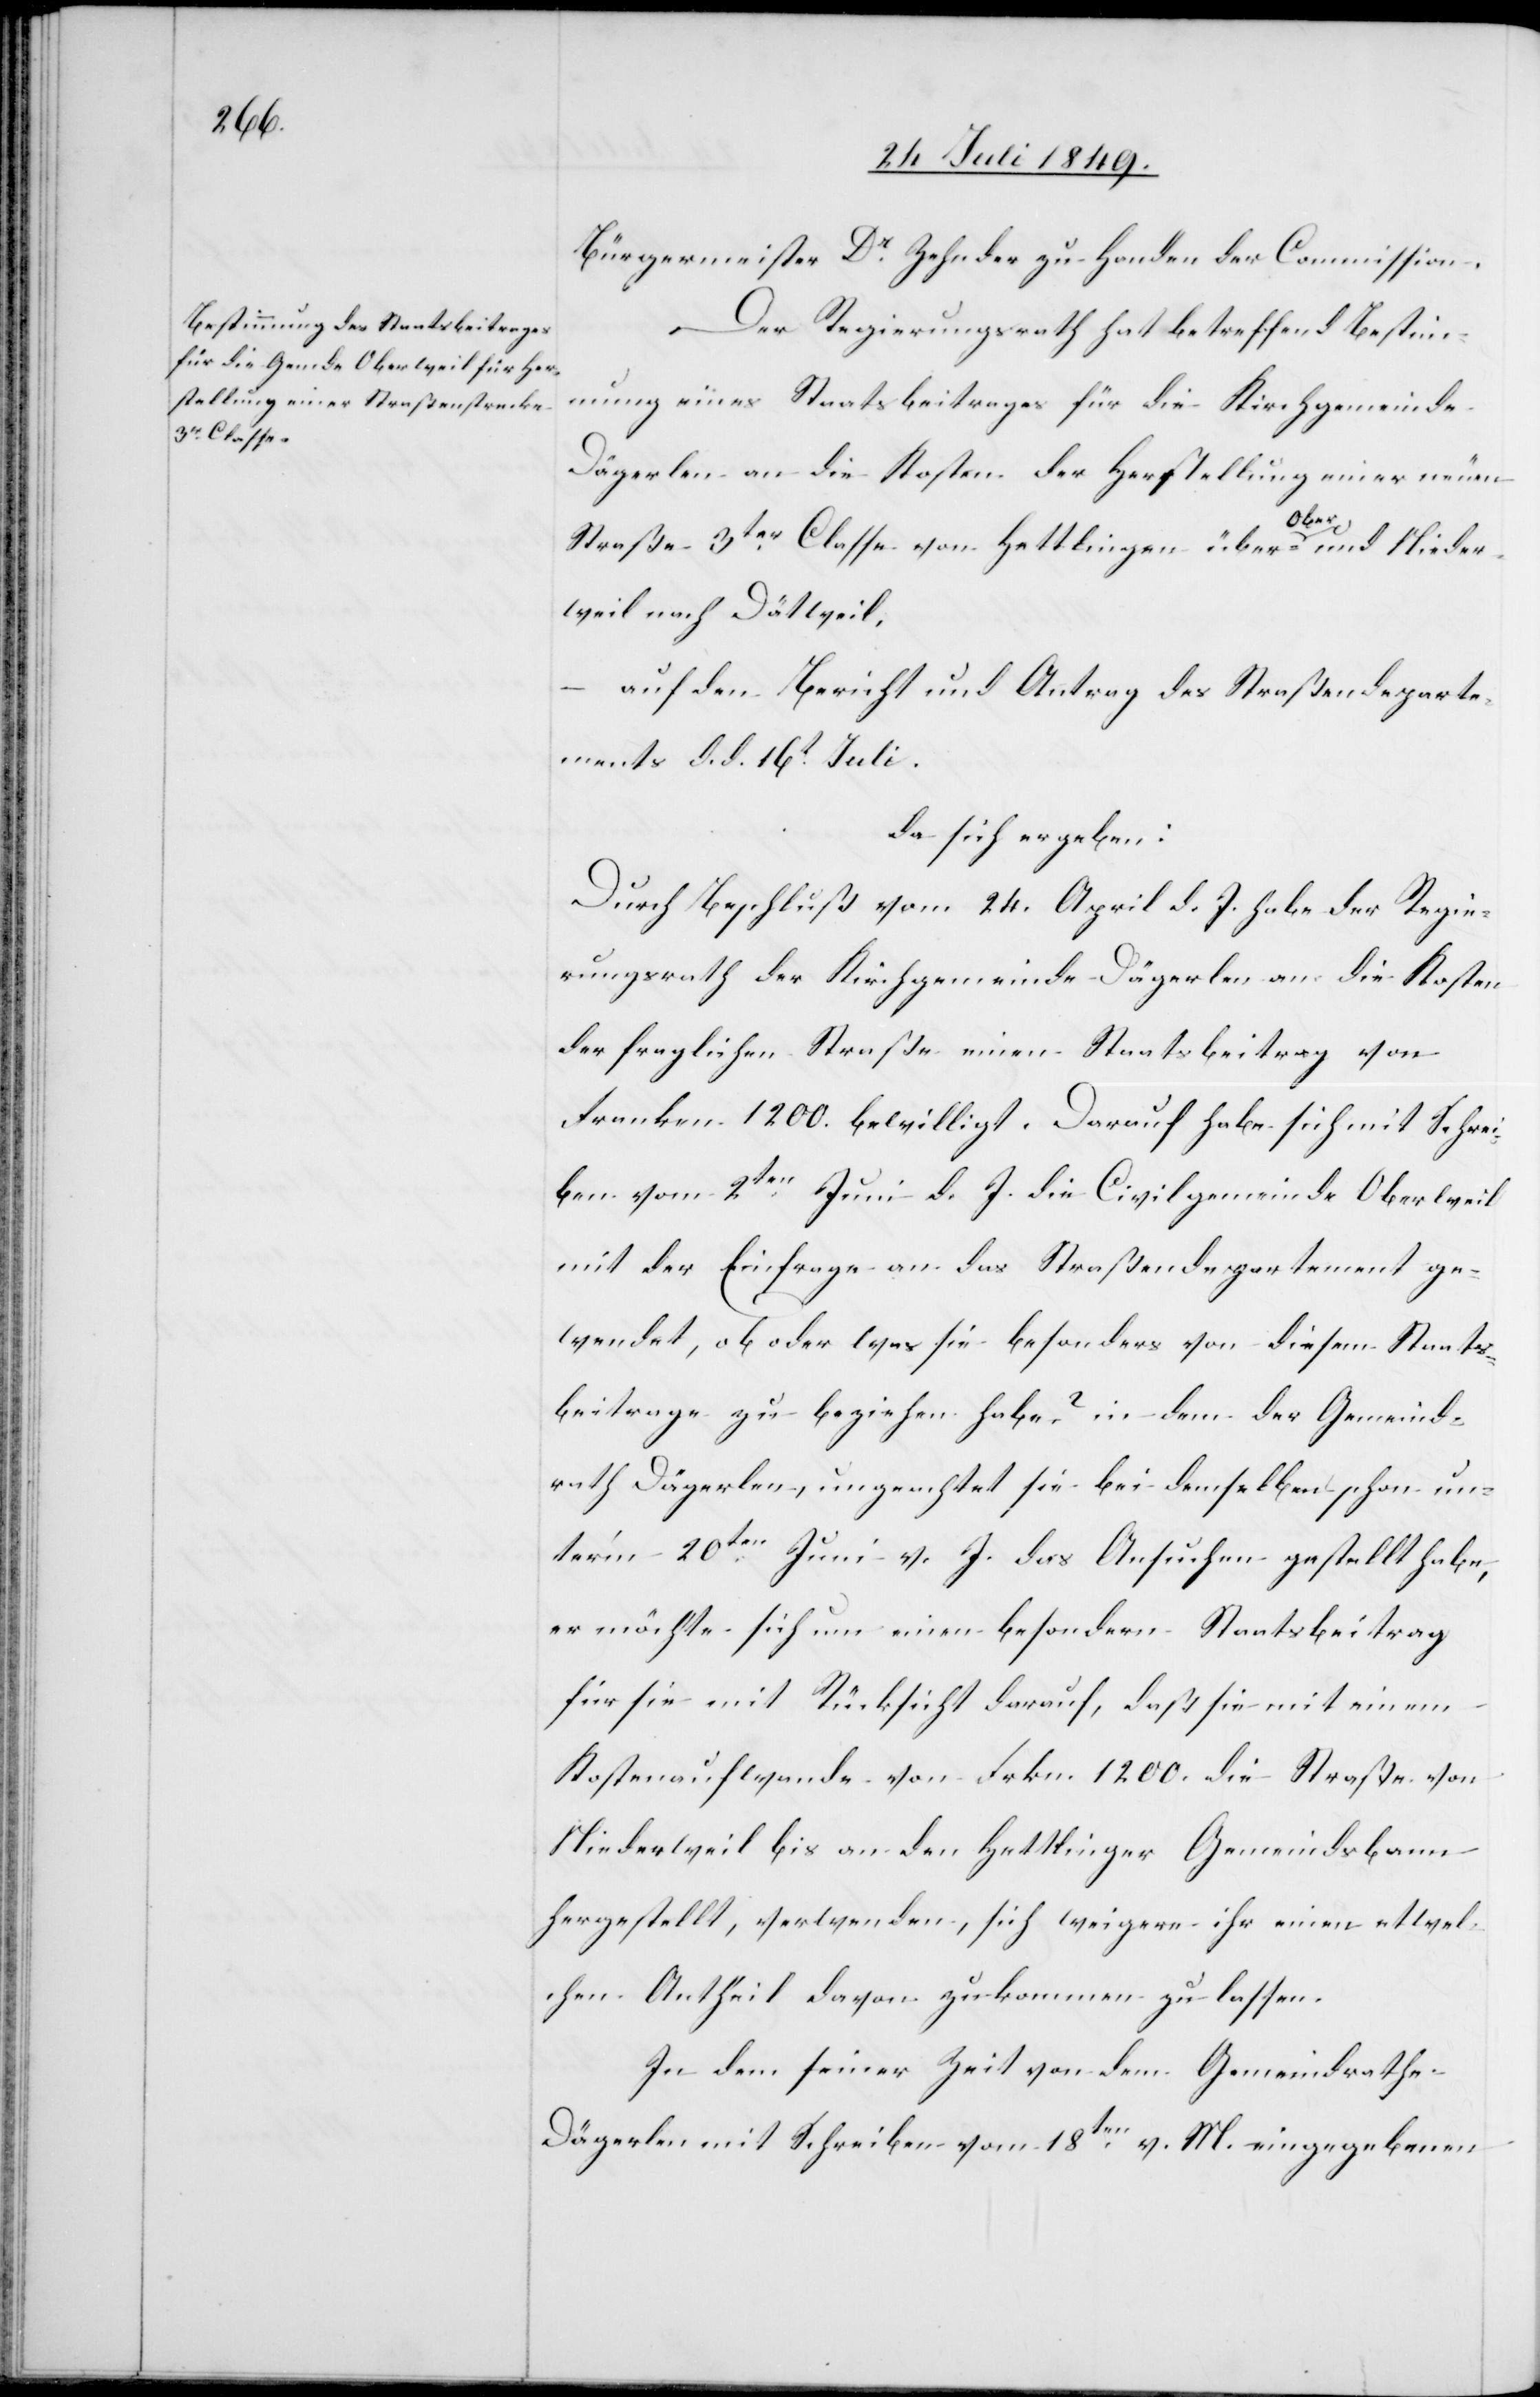
Bürgermeister Dr Zehnder zu Handen der Commission.
Der Regierungsrath hat betreffend Bestim¬
mung eines Staatsbeitrages für die Kirchgemeinde
Dägerlen an die Kosten der Herstellung einer neuen
Straße 3ter Classe von Hettlingen über Ober- und Nieder¬
weil nach Dättweil.
auf den Bericht und Antrag des Straßendeparte¬
ments d. d. 16t Juli.
da sich ergeben:
Durch Beschluß vom 24. April d. J. habe der Regie¬
rungsrath der Kirchgemeinde Dägerlen an die Kosten
der fraglichen Straße einen Staatsbeitrag von
Franken 1200. bewilligt. Darauf habe sich mit Schrei¬
ben vom 2ten Juni d. J. die Civilgemeinde Oberweil
mit der Einfrage an das Straßendepartement ge¬
wendet, ob oder was sie besonders von diesem Staats¬
beitrage zu beziehen habe? in dem der Gemeind¬
rath Dägerlen, ungeachtet sie bei demselben schon un¬
ter’m 20ten Juni v. J. das Ansuchen gestellt habe,
er möchte sich um einen besondern Staatsbeitrag
für sie mit Rücksicht darauf, daß sie mit einem
Kostenaufwande von Frkn. 1200. die Straße von
Niederweil bis an den Hettlinger Gemeindsbann
hergestellt, verwenden, sich weigere ihr einen etwel¬
chen Antheil davon zukommen zu lassen.
In dem seiner Zeit von dem Gemeindrathe
Dägerlen mit Schreiben vom 18ten v. M. eingegebenen